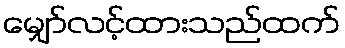
မျှော်လင့်ထားသည်ထက်